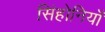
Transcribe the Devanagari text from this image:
सिंहोनियाँ